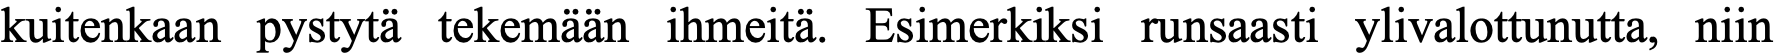
kuitenkaan pystytä tekemään ihmeitä. Esimerkiksi runsaasti ylivalottunutta, niin